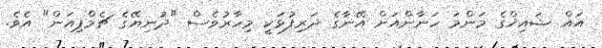
އައް ޝައިޚްގެ މަންމަ ހަނާންއަށް އޭނާގެ ދަރިފުޅަކީ މިހާރުވެސް "ދުނިޔޭގެ ޗެމްޕިއަން" އެވެ.